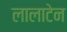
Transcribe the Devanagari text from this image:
लालाटेन